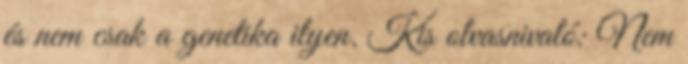
és nem csak a genetika ilyen. Kis olvasnivaló: Nem